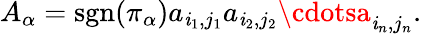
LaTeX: A_{\alpha}=\operatorname{sgn}(\pi_{\alpha})a_{\mathit{i}_{1},j_{1}}a_{\mathit{i}_{2},j_{2}}\cdotsa_{\mathit{i}_{n},j_{n}}.